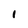
Character: 1